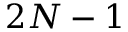
2 N - 1